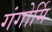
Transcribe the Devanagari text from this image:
गंगोर्मि